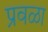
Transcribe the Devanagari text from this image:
प्रवळा